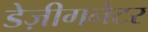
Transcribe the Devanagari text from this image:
डेज़ीगनेटर